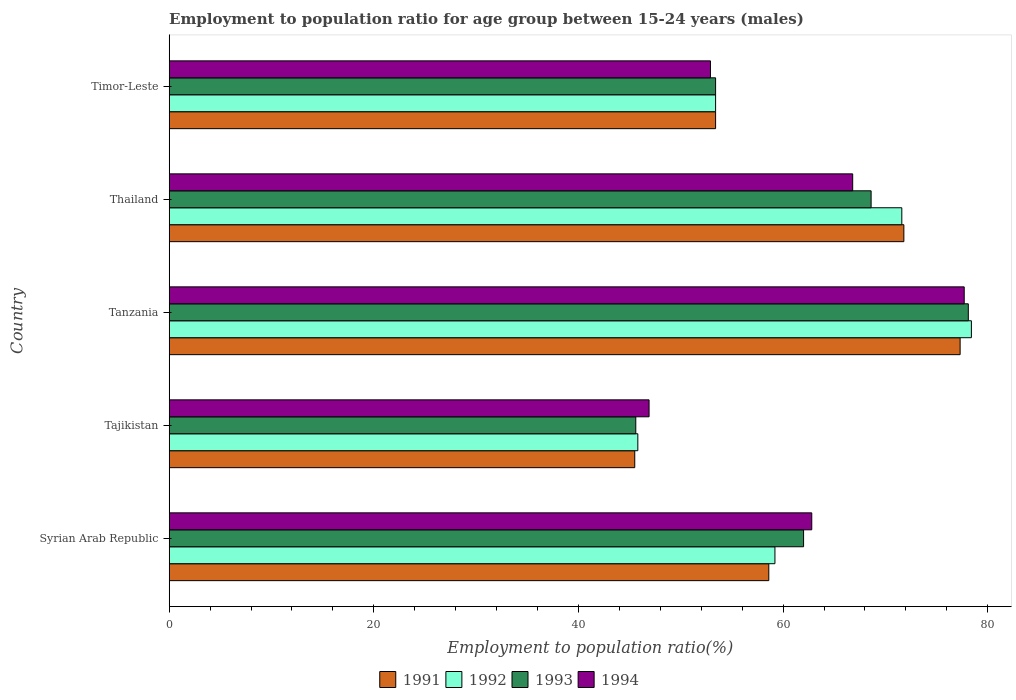
| Country | 1991 | 1992 | 1993 | 1994 |
 | --- | --- | --- | --- | --- |
 | Syrian Arab Republic | 58.6 | 59.2 | 62 | 62.8 |
 | Tajikistan | 45.5 | 45.8 | 45.6 | 46.9 |
 | Tanzania | 77.3 | 78.4 | 78.1 | 77.7 |
 | Thailand | 71.8 | 71.6 | 68.6 | 66.8 |
 | Timor-Leste | 53.4 | 53.4 | 53.4 | 52.9 |